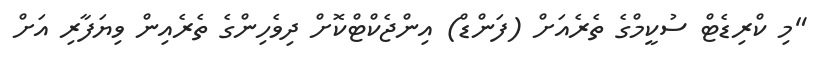
"މި ކްރިޑެޓް ސުކީމްގެ ތެރެއަށް (ފަންޑް) އިންޖެކްޓްކޮށް ދިވެހިންގެ ތެރެއިން ވިޔަފާރި އަށް